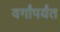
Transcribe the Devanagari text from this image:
वर्गांपर्यंत